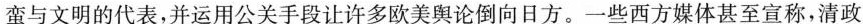
蛮与文明的代表，并运用公关手段让许多欧美舆论倒向日方。一些西方媒体甚至宣称，清政